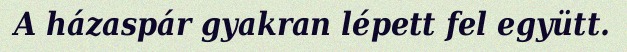
A házaspár gyakran lépett fel együtt.